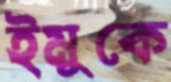
ইমুকে